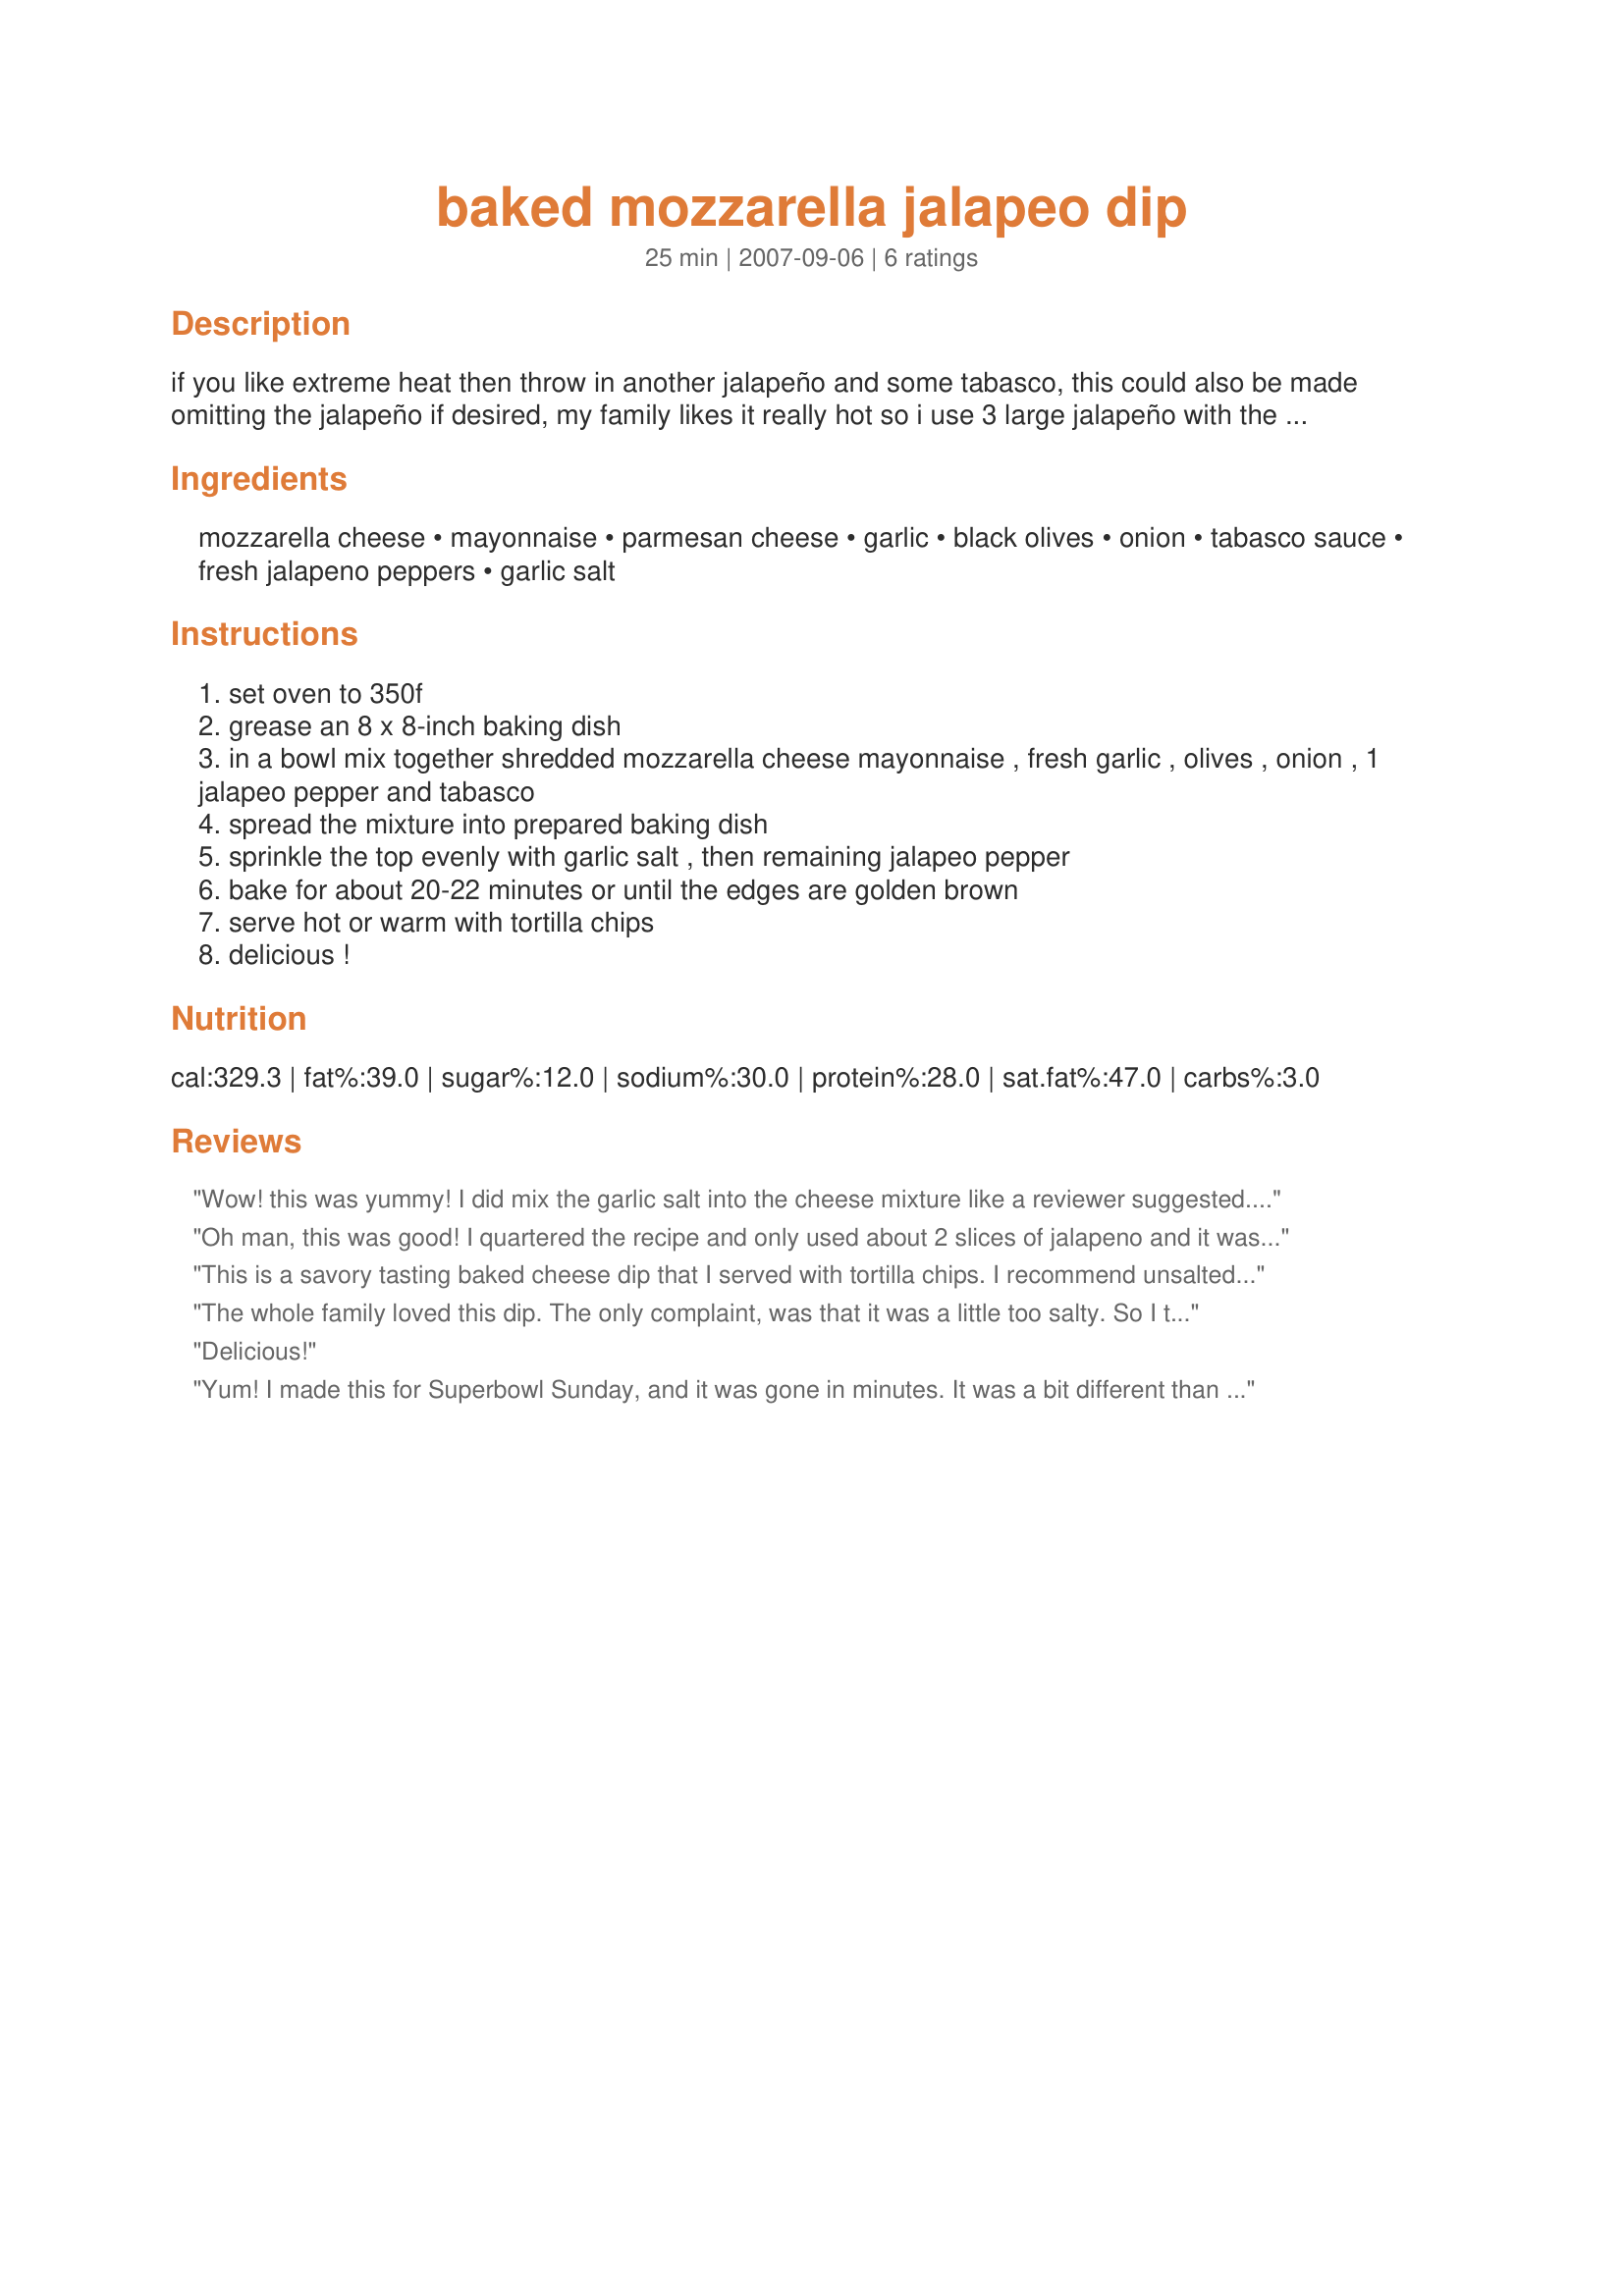
baked mozzarella jalapeo dip
Preparation time: 25 minutes

if you like extreme heat then throw in another jalapeño and some tabasco, this could also be made omitting the jalapeño if desired, my family likes it really hot so i use 3 large jalapeño with the tabasco :)

Ingredients:
mozzarella cheese, mayonnaise, parmesan cheese, garlic, black olives, onion, tabasco sauce, fresh jalapeno peppers, garlic salt

Steps:
set oven to 350f
grease an 8 x 8-inch baking dish
in a bowl mix together shredded mozzarella cheese mayonnaise , fresh garlic , olives , onion , 1 jalapeo pepper and tabasco
spread the mixture into prepared baking dish
sprinkle the top evenly with garlic salt , then remaining jalapeo pepper
bake for about 20-22 minutes or until the edges are golden brown
serve hot or warm with tortilla chips
delicious !

Reviews:
Wow! this was yummy! I did mix the garlic salt into the cheese mixture like a reviewer suggested. I did find that the overall dish was a bit on the salty side. Next time I may not use the garlic salt but just use some minced garlic. I also omitted the olives cuz I don't care for them. Overall this is a keeper. DH and I truly enjoyed this. Thanks Kit for posting.
Oh man, this was good! I quartered the recipe and only used about 2 slices of jalapeno and it was hot enough for me. My DH really enjoyed the dip too! Thanks Kitten, it's a winner!
This is a savory tasting baked cheese dip that I served with tortilla chips. I recommend unsalted tortilla chips. I made the whole recipe but omitted the olives because I didn't have any. I used 2 small jalapenos and I think the next time I might even add more heat! Also, I think I would mix the garlic salt with the cheese mixture. I did have to bake mine about 30 minutes for it to get brown around the edges. The leftovers reheated worked well, too! Thanks for sharing!
The whole family loved this dip. The only complaint, was that it was a little too salty. So I think next time I will cut out or cut back the garlic salt and increase the minced garlic instead. I used low fat Hellmans for the mayo. I also left out the optional hot sauce. But if you enjoy a little bit of heat, I suggest you use it to give this delicious dip a kick!
Delicious!
Yum! I made this for Superbowl Sunday, and it was gone in minutes. It was a bit different than I had expected- thicker, I think. Next time I will add a touch more mayo for creaminess (I used light), and definitely more jalapenos and hot sauce as it was a bit too mild for my taste. With those little tweaks, I would give it a five. Also, the recipe calls for parm. cheese but never says what to do with it... I sprinkled it on top after the garlic salt. Thanks for an easy, yummy crowd-pleaser!
